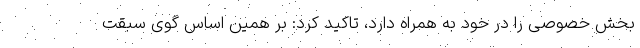
بخش خصوصی را در خود به همراه دارد، تاکید کرد: بر همین اساس گوی سبقت